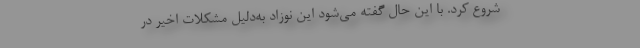
شروع کرد. با این حال گفته می‌شود این نوزاد به‌دلیل مشکلات اخیر در